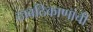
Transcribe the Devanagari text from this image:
ठावठिकाणांची